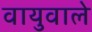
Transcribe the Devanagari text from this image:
वायुवाले